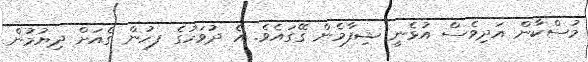
މުސްކާން އަދިވެސް އުޅެނީ ޝިފާމެން ގޭގައެވެ. އެ ދުވަހުގެ ފހުން ގެއަށް ދިޔުމުން